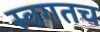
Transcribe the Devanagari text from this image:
स्वगतच